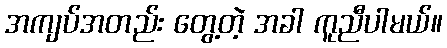
အကျပ်အတည်း တွေ့တဲ့ အခါ ကူညီပါမယ်။